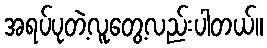
အရပ်ပုတဲ့လူတွေ့လည်းပါတယ်။